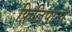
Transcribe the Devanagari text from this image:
फ़िलिपीनों